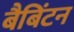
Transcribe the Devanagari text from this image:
बैबिंटन